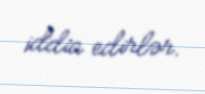
iddia edirlər.